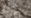
جوائز